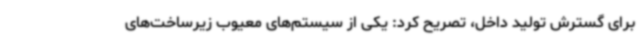
برای گسترش تولید داخل، تصریح کرد: یکی از سیستم‌های معیوب زیرساخت‌های